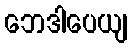
ဘေဒါပေယျ